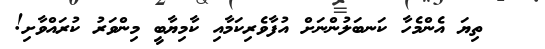
ތިޔަ އެންމެހާ ކަނބަލުންނަށް އުފާވެރިކަމާއި ކާމިޔާބީ މިންވަރު ކުރައްވާށި!